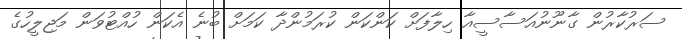
ސަރުކާރުން ގާނޫނުއަސާސީއާ ހިލާފަށް ކަންކަން ކުރަމުންދާ ކަމަށް ބުނެ އެކަން ހުއްޓުވަން މަޖިލީހުގެ